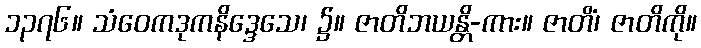
၁၃၇၆။ သံဝေကဒုကနိဒ္ဒေသေ၊ ၌။ ဇာတိဘယန္တိ-ကား။ ဇာတိံ၊ ဇာတိကို။